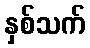
နှစ်သက်